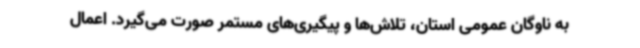
به ناوگان عمومی استان، تلاش‌ها و پیگیری‌های مستمر صورت می‌گیرد. اعمال